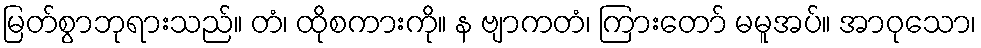
မြတ်စွာဘုရားသည်။ တံ၊ ထိုစကားကို။ န ဗျာကတံ၊ ကြားတော် မမူအပ်။ အာဝုသော၊